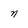
Character: n